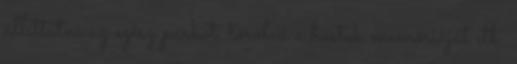
állíttatni az egész parkot, törölni a hostok memóriáját stb.